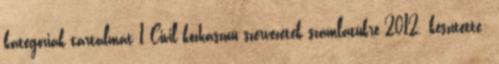
kategóriák tartalmát 1 Civil közhasznú szervezetek számlatükre 2012. készítette: